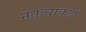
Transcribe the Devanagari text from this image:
नेतृत्वाकडे